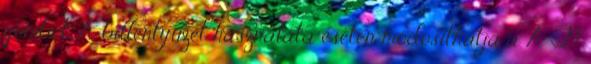
gombot. A billentyűzet használata esetén módosíthatja a A T9